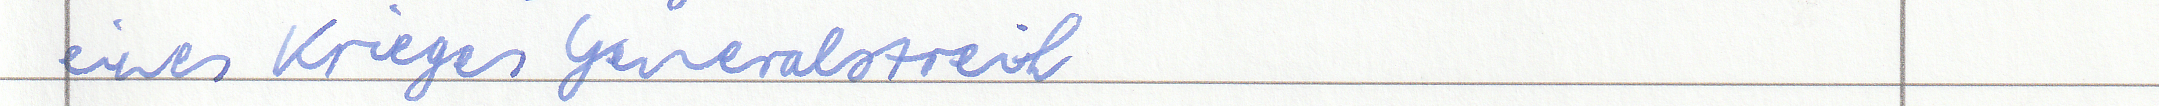
eines Krieges Generalstreik